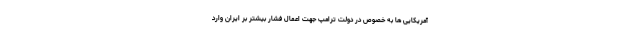
آمریکایی ها به خصوص در دولت ترامپ جهت اعمال فشار بیشتر بر ایران وارد